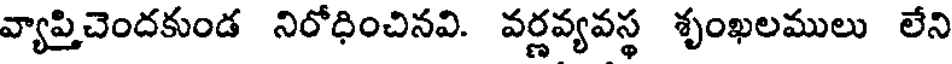
వ్యాప్తిచెందకుండ నిరోధించినవి. వర్ణవ్యవస్థ శృంఖలములు లేని